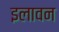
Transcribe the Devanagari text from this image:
इलावन